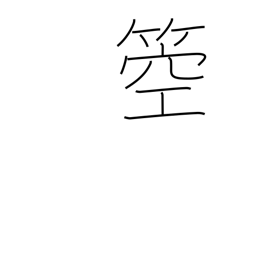
Meaning: type of harp